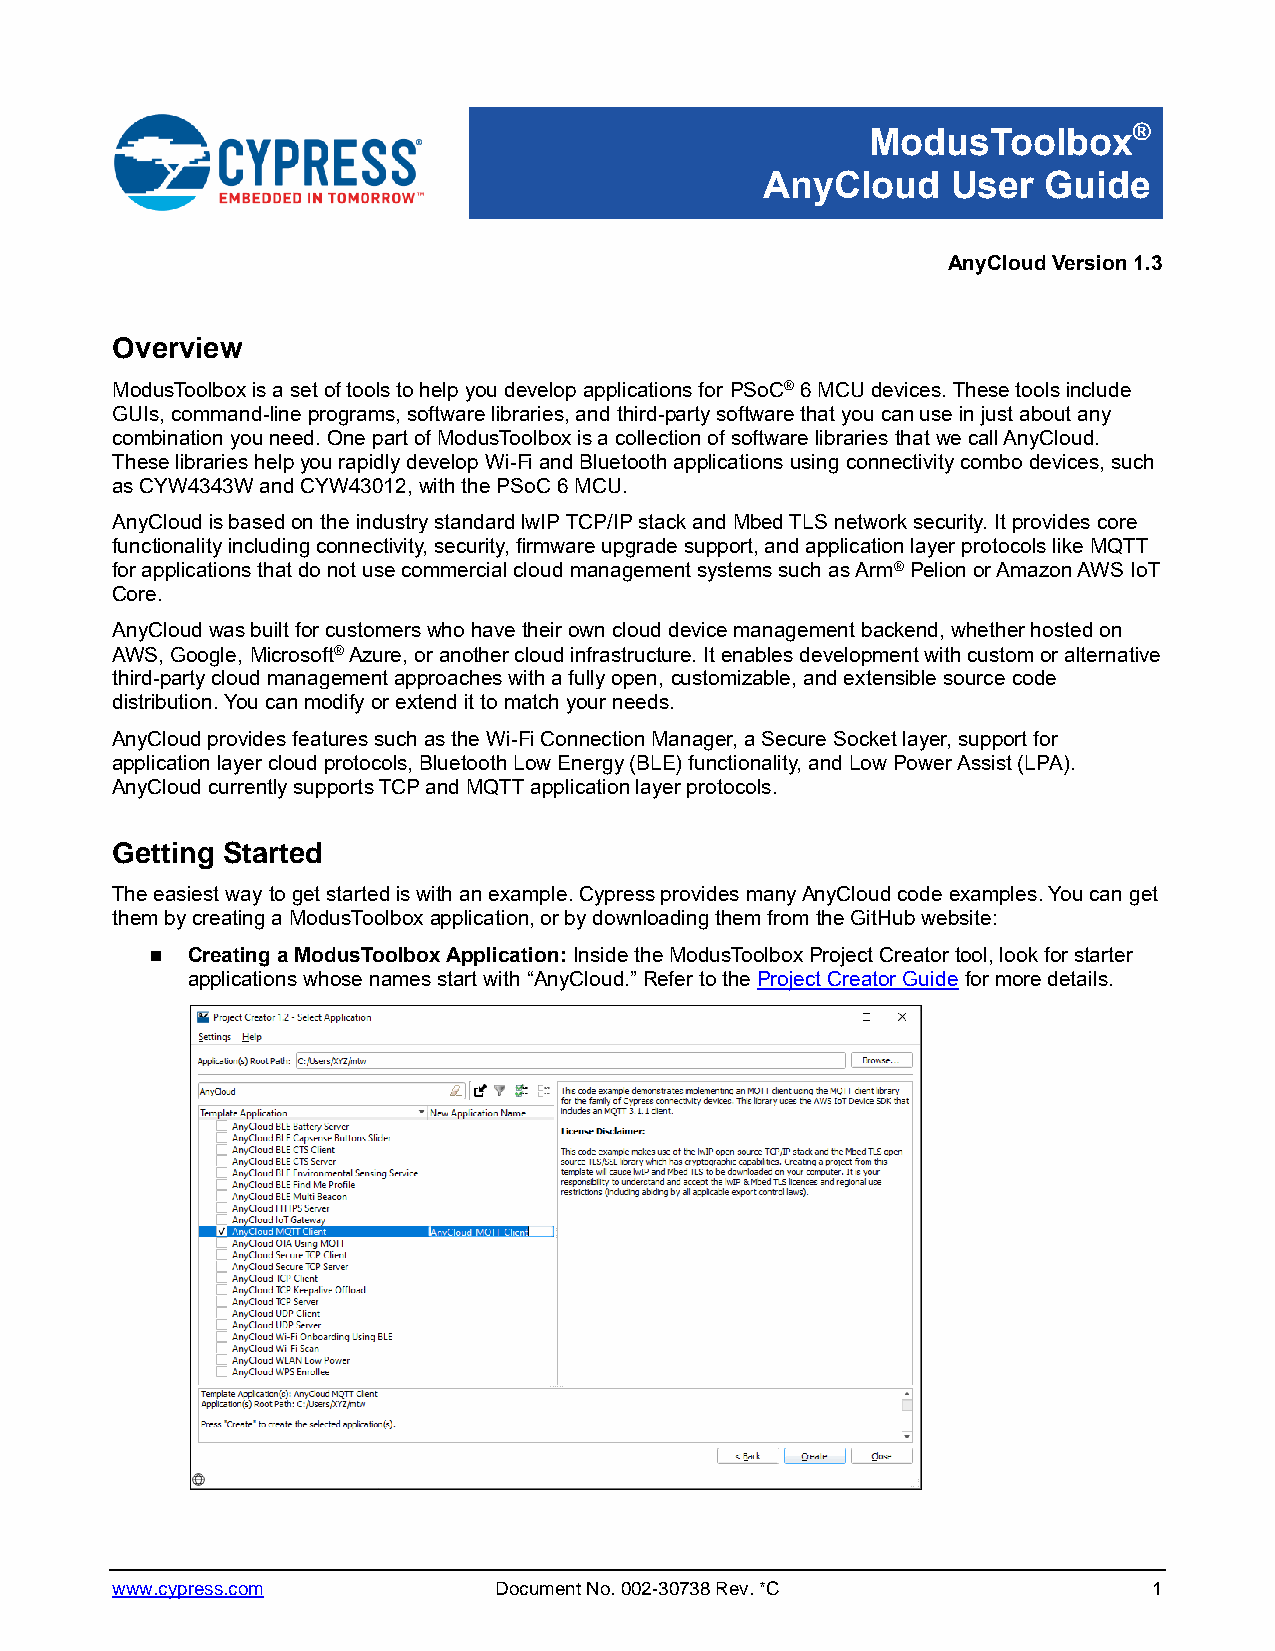
ModusToolbox®
 AnyCloud    User  Guide
 AnyCloud Version 1.3
 Overview
 ModusToolbox is a set of tools to help you develop applications for PSoC® 6 MCU devices. These tools include
 GUIs, command-line programs, software libraries, and third-party software that you can use in just about any
 combination you need. One part of ModusToolbox is a collection of software libraries that we call AnyCloud.
 These libraries help you rapidly develop Wi-Fi and Bluetooth applications using connectivity combo devices, such
 as CYW4343W and CYW43012, with the PSoC 6 MCU.
 AnyCloud is based on the industry standard lwIP TCP/IP stack and Mbed TLS network security. It provides core
 functionality including connectivity, security, firmware upgrade support, and application layer protocols like MQTT
 for applications that do not use commercial cloud management systems such as Arm® Pelion or Amazon AWS IoT
 Core.
 AnyCloud was built for customers who have their own cloud device management backend, whether hosted on
 AWS, Google, Microsoft® Azure, or another cloud infrastructure. It enables development with custom or alternative
 third-party cloud management approaches with a fully open, customizable, and extensible source code
 distribution. You can modify or extend it to match your needs.
 AnyCloud provides features such as the Wi-Fi Connection Manager, a Secure Socket layer, support for
 application layer cloud protocols, Bluetooth Low Energy (BLE) functionality, and Low Power Assist (LPA).
 AnyCloud currently supports TCP and MQTT application layer protocols.
 Getting Started
 The easiest way to get started is with an example. Cypress provides many AnyCloud code examples. You can get
 them by creating a ModusToolbox application, or by downloading them from the GitHub website:
 ◼ Creating a ModusToolbox Application: Inside the ModusToolbox Project Creator tool, look for starter
 applications whose names start with “AnyCloud.” Refer to the Project Creator Guide for more details.
 www.cypress.com           Document No. 002-30738 Rev. *C             1